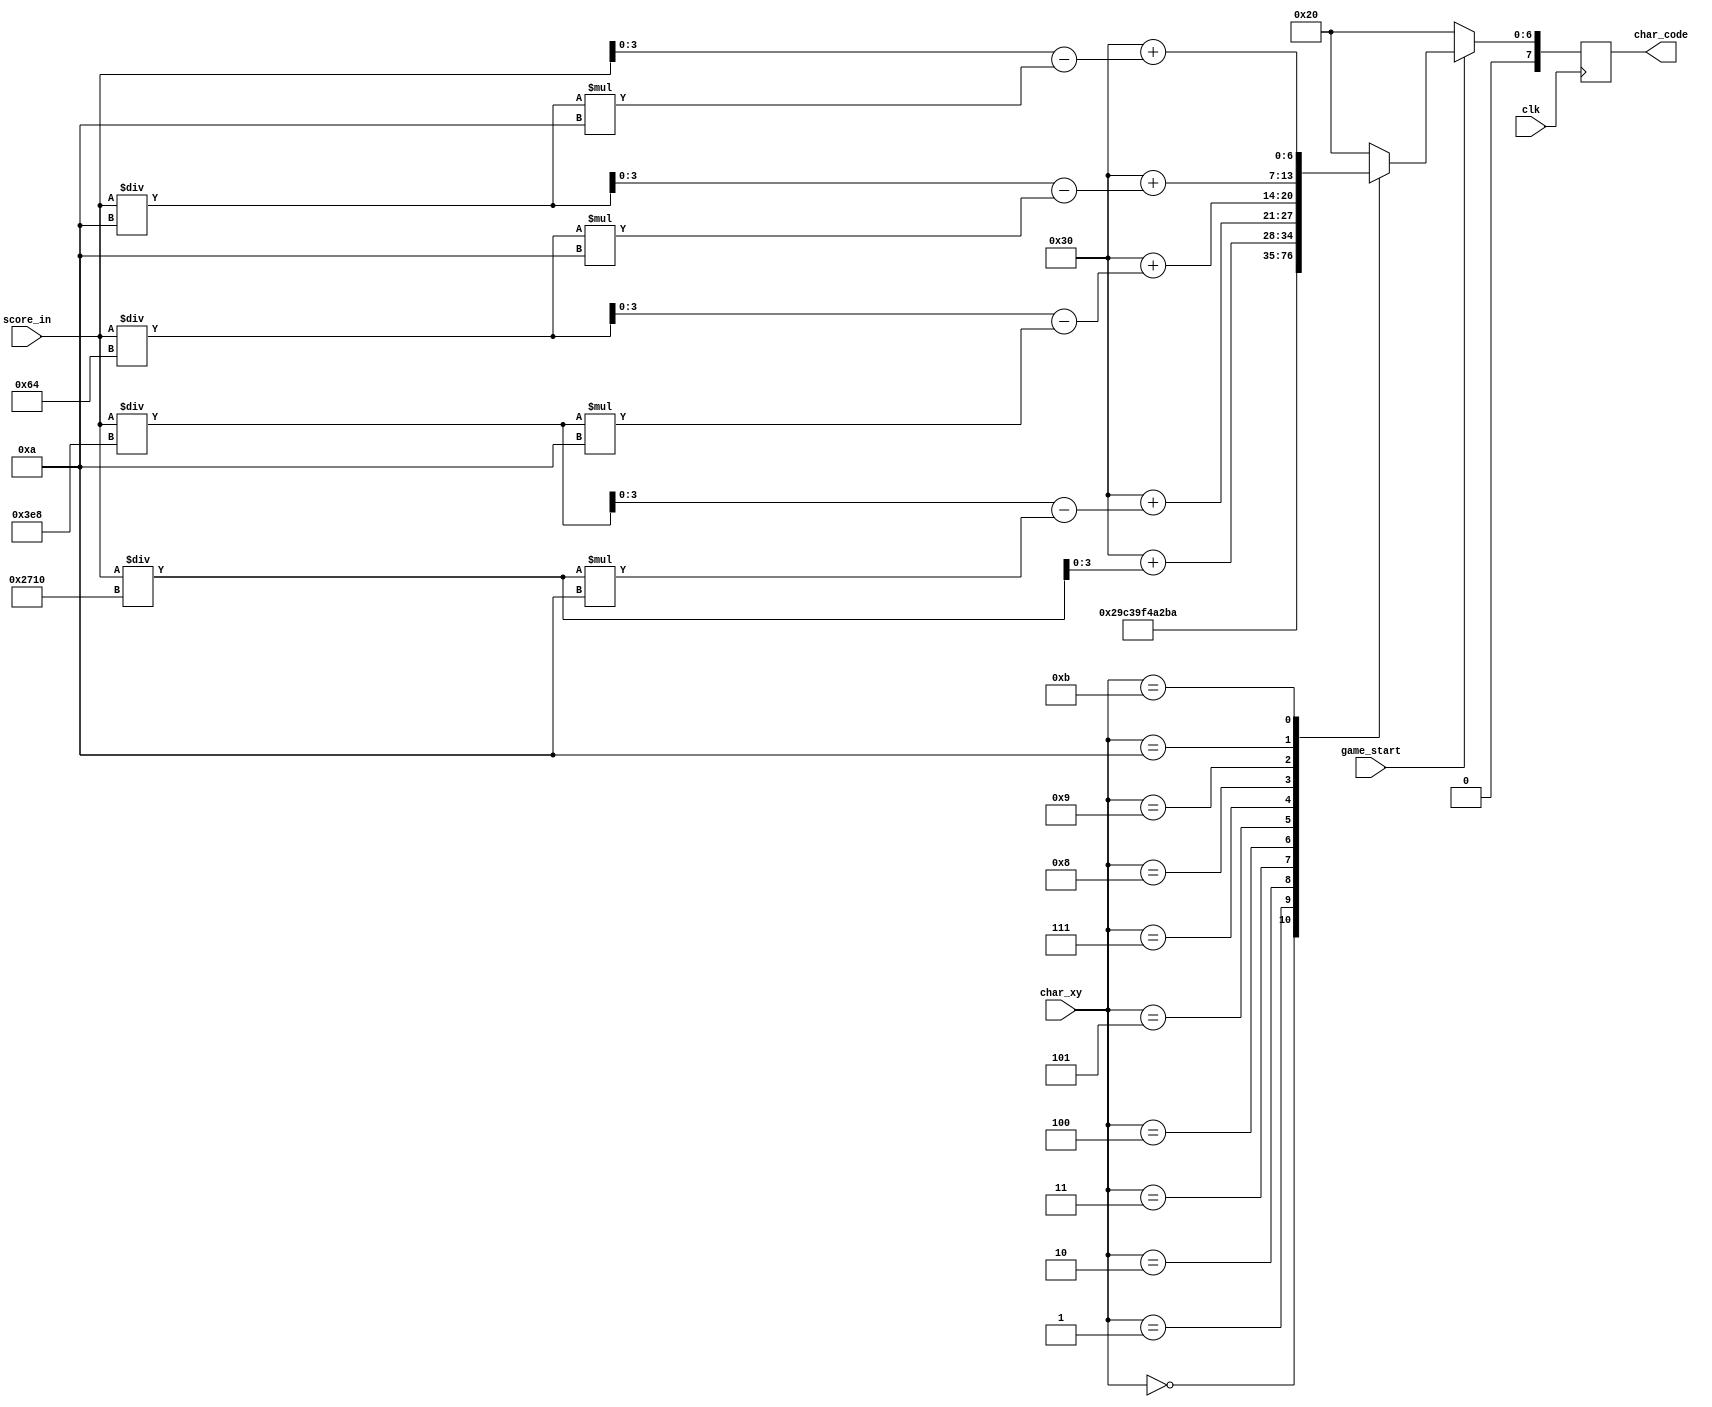
module char_rom(
input wire [7:0] char_xy,
input wire [15:0] score_in,
input wire clk, game_start,
output reg [7:0] char_code
    );
    reg [7:0] addr_x;
    
    always @(posedge clk)
    begin
    char_code <= addr_x;
    end
    
    always@(*)
    begin
    	if(game_start == 1)
    		begin 
	        case (char_xy)
	         						 8'h00: addr_x = 8'h53; // S
	                     8'h01: addr_x = 8'h43; // C
	                     8'h02: addr_x = 8'h4F; // O
	                     8'h03: addr_x = 8'h52; // R
	                     8'h04: addr_x = 8'h45; // E
	                     8'h05: addr_x = 8'h3a; // :
	                     8'h06: addr_x = 8'h20;
	                     8'h07: addr_x = 8'h30+char_0; //
	                     8'h08: addr_x = 8'h30+char_1; //
	                     8'h09: addr_x = 8'h30+char_2; //
	                     8'h0A: addr_x = 8'h30+char_3; //
	                     8'h0B: addr_x = 8'h30+char_4; //
	                     default: addr_x = 8'h20;       
	        endcase
       	end
      else addr_x = 8'h20;
   	end
        
        wire [3:0] char_0, char_1, char_2, char_3, char_4;
        assign char_0 = score_in/10000; 
        assign char_1 = score_in/1000-(score_in/10000)*10; 
        assign char_2 = score_in/100-(score_in/1000)*10; 
        assign char_3 = score_in/10-(score_in/100)*10; 
        assign char_4 = score_in-(score_in/10)*10;; 
    
    
endmodule